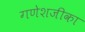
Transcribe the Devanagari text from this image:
गणेशजीका